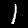
Label: 1